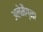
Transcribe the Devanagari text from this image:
अलेमैग्ना